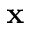
\mathbf { x }